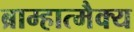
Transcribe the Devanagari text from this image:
ब्राम्हात्मैक्य